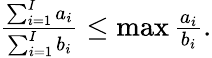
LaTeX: \begin{array}{r}{\frac{\sum_{i=1}^{I}a_{i}}{\sum_{i=1}^{I}b_{i}}\leq\operatorname*{max}\frac{a_{i}}{b_{i}}.}\end{array}